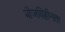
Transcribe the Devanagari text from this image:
बीजविहीनता